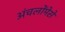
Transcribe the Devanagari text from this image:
अंचलोंमेसे